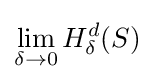
\lim _{\delta \to 0}H_{\delta }^{d}(S)